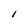
Character: I